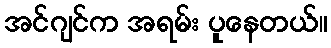
အင်ဂျင်က အရမ်း ပူနေတယ်။